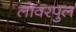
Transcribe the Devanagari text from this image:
लोवरपुल